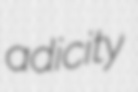
adicity